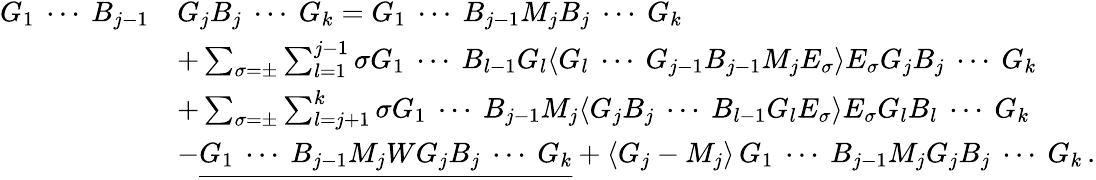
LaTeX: \begin{array}{rl}{G_{1}\ \cdots\ B_{j-1}}&{G_{j}B_{j}\ \cdots\ G_{k}=G_{1}\ \cdots\ B_{j-1}M_{j}B_{j}\ \cdots\ G_{k}}\\ &{+\sum_{\sigma=\pm}\sum_{l=1}^{j-1}\sigma G_{1}\ \cdots\ B_{l-1}G_{l}\langle G_{l}\ \cdots\ G_{j-1}B_{j-1}M_{j}E_{\sigma}\rangle E_{\sigma}G_{j}B_{j}\ \cdots\ G_{k}}\\ &{+\sum_{\sigma=\pm}\sum_{l=j+1}^{k}\sigma G_{1}\ \cdots\ B_{j-1}M_{j}\langle G_{j}B_{j}\ \cdots\ B_{l-1}G_{l}E_{\sigma}\rangle E_{\sigma}G_{l}B_{l}\ \cdots\ G_{k}}\\ &{-\underline{{G_{1}\ \cdots\ B_{j-1}M_{j}WG_{j}B_{j}\ \cdots\ G_{k}}}+\langle G_{j}-M_{j}\rangle\, G_{1}\ \cdots\ B_{j-1}M_{j}G_{j}B_{j}\ \cdots\ G_{k}\, .}\end{array}